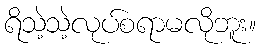
ရိသဲ့သဲ့လုပ်စရာမလိုဘူး။